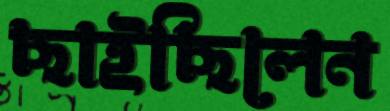
ছাইছিলেন